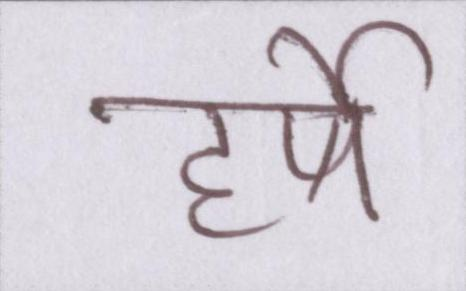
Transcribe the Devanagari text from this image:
हर्षे